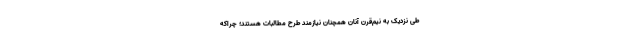
طی نزدیک به نیم‌قرن آنان همچنان نیازمند طرح مطالبات هستند؛ چراکه